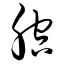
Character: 腔